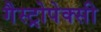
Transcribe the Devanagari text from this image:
गैस्ट्रोपेक्सी